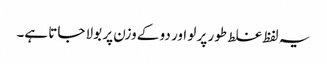
یہ لفظ غلط طور پر لو اور دو کے وزن پر بولا جاتا ہے۔